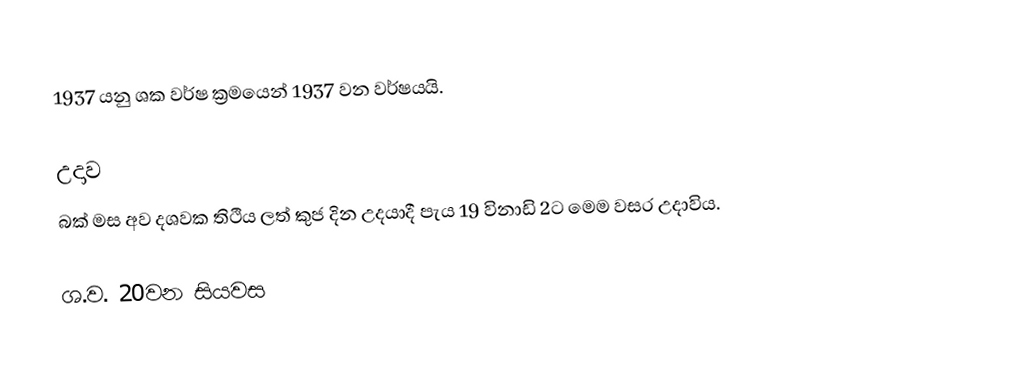
1937 යනු ශක වර්ෂ ක්‍රමයෙන් 1937 වන වර්ෂයයි.

උදාව
බක් මස අව දශවක තිථිය ලත් කුජ දින උදයාදී පැය 19 විනාඩි 2ට මෙම වසර උදාවිය.

ශ.ව. 20වන සියවස